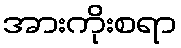
အားကိုးစရာ